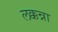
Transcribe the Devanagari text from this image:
लक्कन्ना